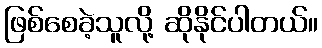
ဖြစ်စေခဲ့သူလို့ ဆိုနိုင်ပါတယ်။